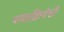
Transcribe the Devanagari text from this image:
पाकक्रियेची